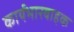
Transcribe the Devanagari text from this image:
कार्यभारवाहक